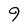
Character: 9